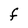
Character: F